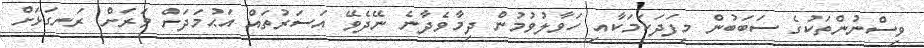
ވިސްނުންތަކުގެ ސަބަބުން މިފަދަކަމަކާއި ހަވާލުވުމުން ދިމާވެދާނެ ނޭދެވޭ އަސަރުތައް އަޙުމަދަށް ވަރަށް ރަނގަޅަށް